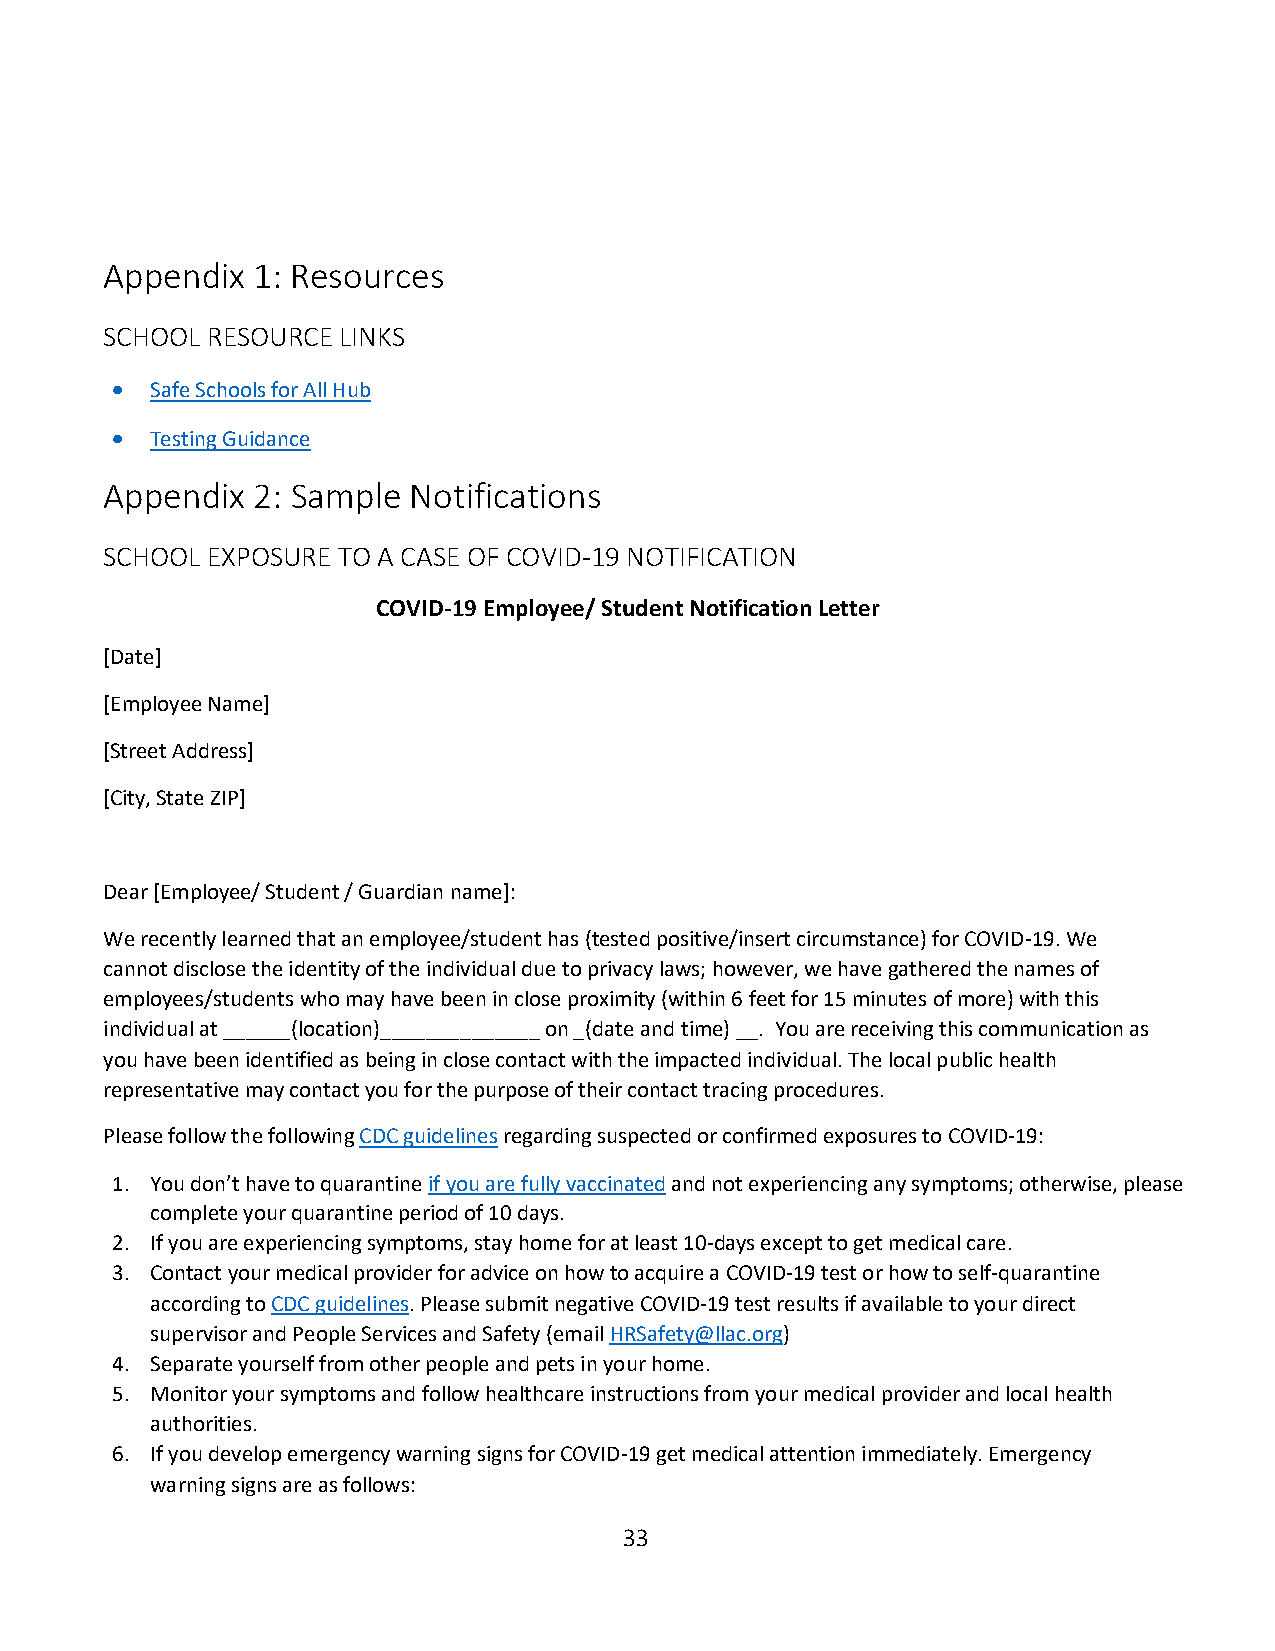
Appendix  1: Resources
 SCHOOL RESOURCE LINKS
   Safe Schools for All Hub
   Testing Guidance
 Appendix  2: Sample Notifications
 SCHOOL EXPOSURE TO A CASE OF COVID-19 NOTIFICATION
 COVID-19 Employee/ Student Notification Letter
 [Date]
 [Employee Name]
 [Street Address]
 [City, State ZIP]
 Dear [Employee/ Student / Guardian name]:
 We recently learned that an employee/student has (tested positive/insert circumstance) for COVID-19. We
 cannot disclose the identity of the individual due to privacy laws; however, we have gathered the names of
 employees/students who may have been in close proximity (within 6 feet for 15 minutes of more) with this
 individual at ______(location)______________ on _(date and time) __. You are receiving this communication as
 you have been identified as being in close contact with the impacted individual. The local public health
 representative may contact you for the purpose of their contact tracing procedures.
 Please follow the following CDC guidelines regarding suspected or confirmed exposures to COVID-19:
 1. You don’t have to quarantine if you are fully vaccinated and not experiencing any symptoms; otherwise, please
 complete your quarantine period of 10 days.
 2. If you are experiencing symptoms, stay home for at least 10-days except to get medical care.
 3. Contact your medical provider for advice on how to acquire a COVID-19 test or how to self-quarantine
 according to CDC guidelines. Please submit negative COVID-19 test results if available to your direct
 supervisor and People Services and Safety (email HRSafety@llac.org)
 4. Separate yourself from other people and pets in your home.
 5. Monitor your symptoms and follow healthcare instructions from your medical provider and local health
 authorities.
 6. If you develop emergency warning signs for COVID-19 get medical attention immediately. Emergency
 warning signs are as follows:
 33